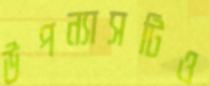
উপন্যাসটিও